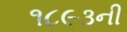
૧૮૯૩ની